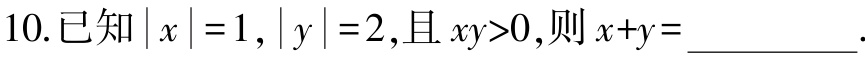
10.已知\(\vert x\vert = 1,\vert y\vert = 2\),且\(xy>0\),则\(x + y=\underline{\quad\quad}\).